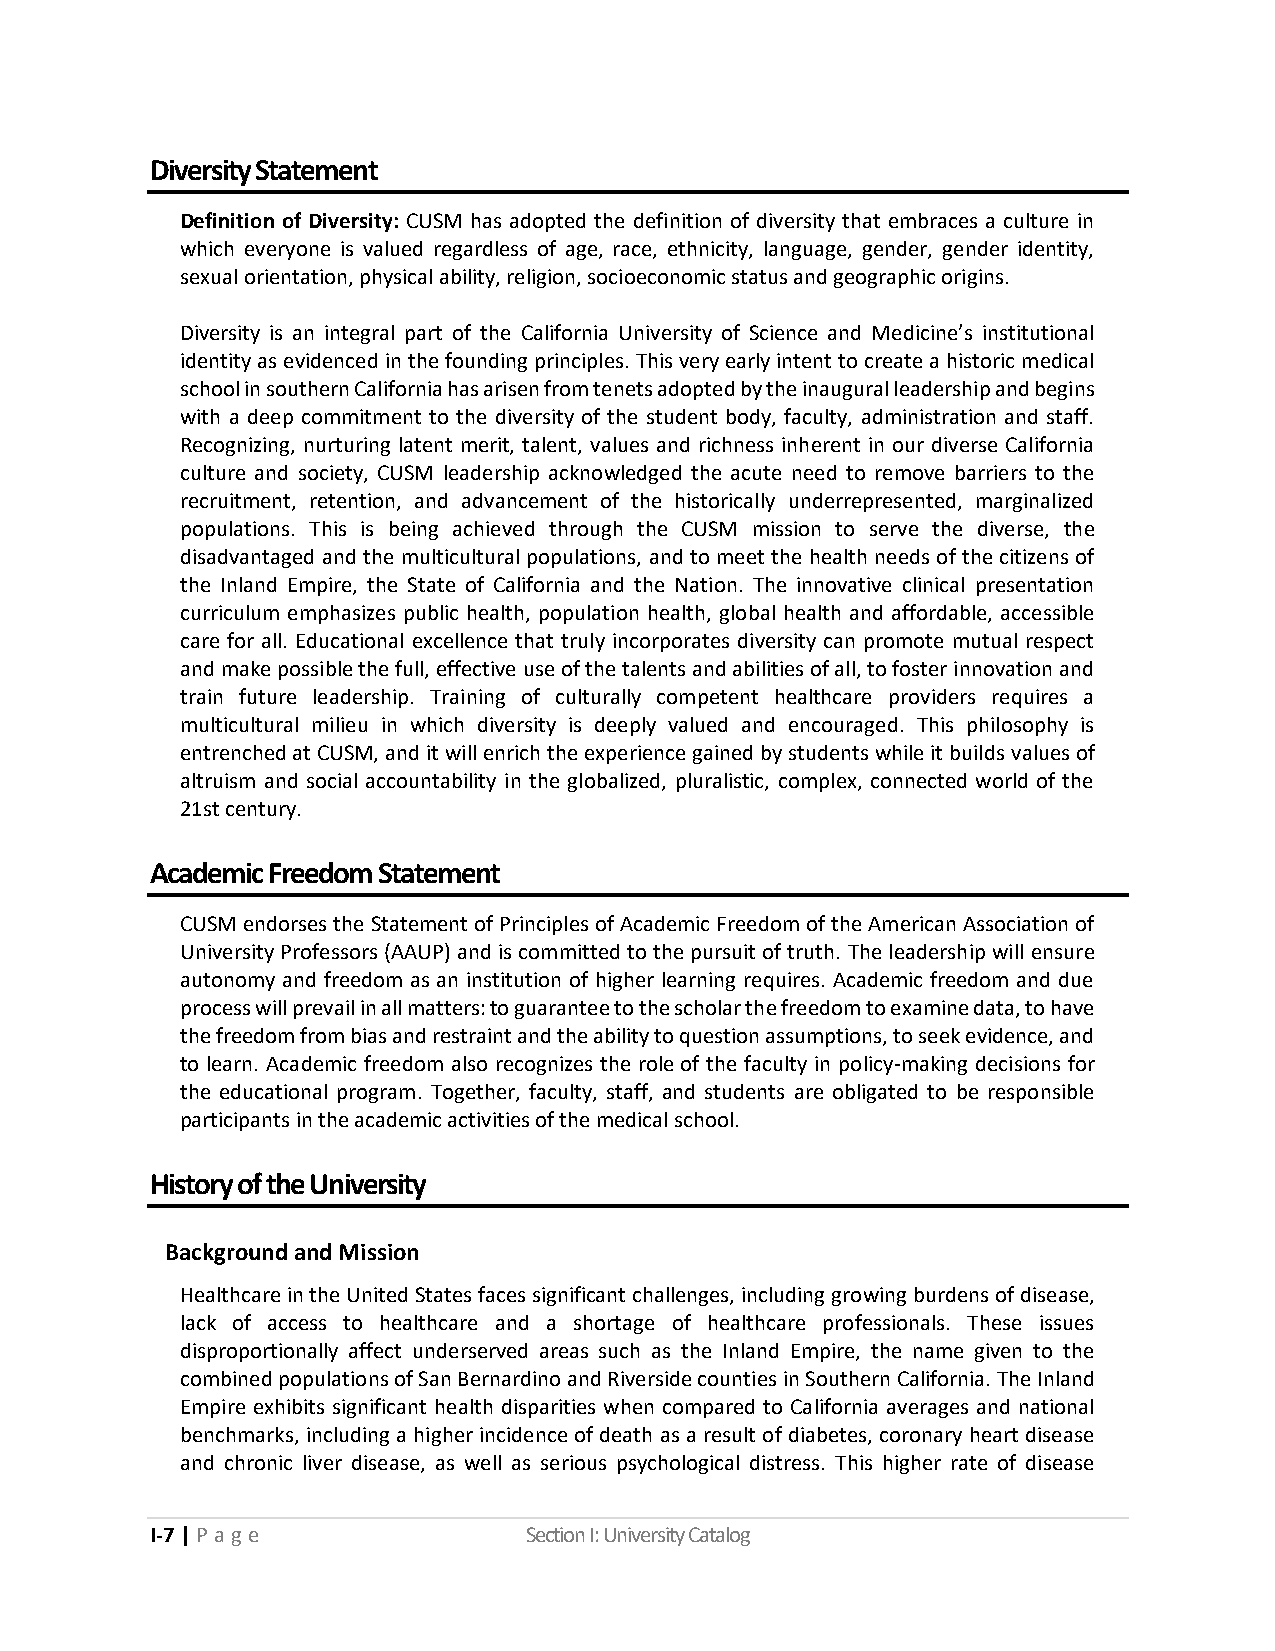
Diversity Statement
 Definition of Diversity: CUSM has adopted the definition of diversity that embraces a culture in
 which everyone is valued regardless of age, race, ethnicity, language, gender, gender identity,
 sexual orientation, physical ability, religion, socioeconomic status and geographic origins.
 Diversity is an integral part of the California University of Science and Medicine’s institutional
 identity as evidenced in the founding principles. This very early intent to create a historic medical
 school in southern California has arisen from tenets adopted by the inaugural leadership and begins
 with a deep commitment to the diversity of the student body, faculty, administration and staff.
 Recognizing, nurturing latent merit, talent, values and richness inherent in our diverse California
 culture and society, CUSM leadership acknowledged the acute need to remove barriers to the
 recruitment, retention, and advancement of the historically underrepresented, marginalized
 populations. This is being achieved through the CUSM mission to serve the diverse, the
 disadvantaged and the multicultural populations, and to meet the health needs of the citizens of
 the Inland Empire, the State of California and the Nation. The innovative clinical presentation
 curriculum emphasizes public health, population health, global health and affordable, accessible
 care for all. Educational excellence that truly incorporates diversity can promote mutual respect
 and make possible the full, effective use of the talents and abilities of all, to foster innovation and
 train future leadership. Training of culturally competent healthcare providers requires a
 multicultural milieu in which diversity is deeply valued and encouraged. This philosophy is
 entrenched at CUSM, and it will enrich the experience gained by students while it builds values of
 altruism and social accountability in the globalized, pluralistic, complex, connected world of the
 21st century.
 Academic Freedom Statement
 CUSM endorses the Statement of Principles of Academic Freedom of the American Association of
 University Professors (AAUP) and is committed to the pursuit of truth. The leadership will ensure
 autonomy and freedom as an institution of higher learning requires. Academic freedom and due
 process will prevail in all matters: to guarantee to the scholar the freedom to examine data, to have
 the freedom from bias and restraint and the ability to question assumptions, to seek evidence, and
 to learn. Academic freedom also recognizes the role of the faculty in policy-making decisions for
 the educational program. Together, faculty, staff, and students are obligated to be responsible
 participants in the academic activities of the medical school.
 History of the University
 Background and Mission
 Healthcare in the United States faces significant challenges, including growing burdens of disease,
 lack of access to healthcare and a shortage of healthcare professionals. These issues
 disproportionally affect underserved areas such as the Inland Empire, the name given to the
 combined populations of San Bernardino and Riverside counties in Southern California. The Inland
 Empire exhibits significant health disparities when compared to California averages and national
 benchmarks, including a higher incidence of death as a result of diabetes, coronary heart disease
 and chronic liver disease, as well as serious psychological distress. This higher rate of disease
 I-7 | P a ge             Section I: University Catalog